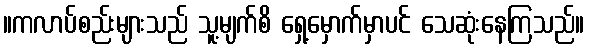
။ကလာပ်စည်းများသည် သူ့မျက်စိ ရှေ့မှောက်မှာပင် သေဆုံးနေကြသည်။